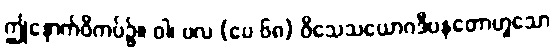
ဤနောက်ဝိကပ်၌။ ဝါ၊ ဗလ (ပေ ၆၈) ဝိသေသယောဂဒီပနတောဟူသော